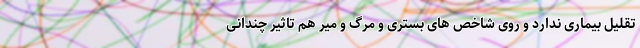
تقلیل بیماری ندارد و روی شاخص های بستری و مرگ و میر هم تاثیر چندانی